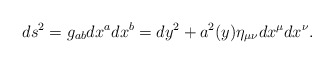
\begin{align*}ds^2=g_{ab}dx^a dx^b=dy^2 + a^2(y)\eta_{\mu\nu}dx^\mu dx^\nu.\end{align*}